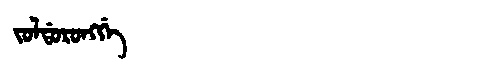
Manchu: ᠵᠣᠯᡩᠣᡵᠣᠩᡤᡝ
Romanization: JOLDORONGGE